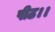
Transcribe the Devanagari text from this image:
पीठ।।